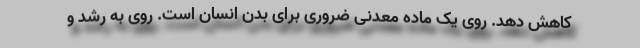
کاهش دهد. روی یک ماده معدنی ضروری برای بدن انسان است. روی به رشد و